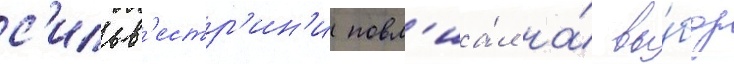
с'ильв'естр'ин'и повл'иа́л на́ вы́бор